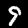
Label: 9